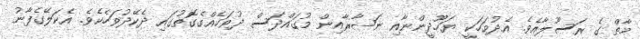
މާތް ގެ ރަސޫލާއެވެ. އެދުވަހަކީ ޔަހޫދީންނާއި ނަޞާރާއިން މުގައްދަސް ދުވަހެއްގެގޮތުގައި ދެކޭދުވަހެކެވެ. އެކަލޭގެފާނު